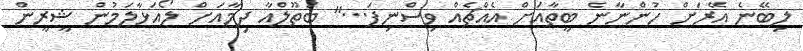
ލިބޭނެ އޭރަށް ހުންނާނެ ބީތާއަށް އެއްޗެއް ވިސްނިފަ...'' ބަތޫލްއާ ދިމާއަށް ލޯއަޅާލަމުން ޝީރީން